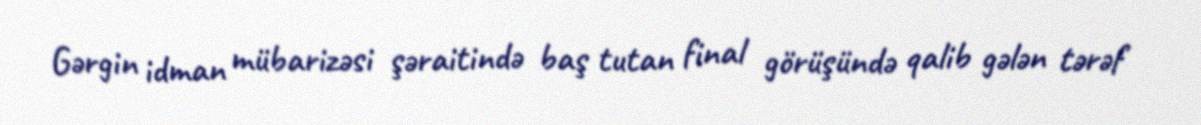
Gərgin idman mübarizəsi şəraitində baş tutan final görüşündə qalib gələn tərəf